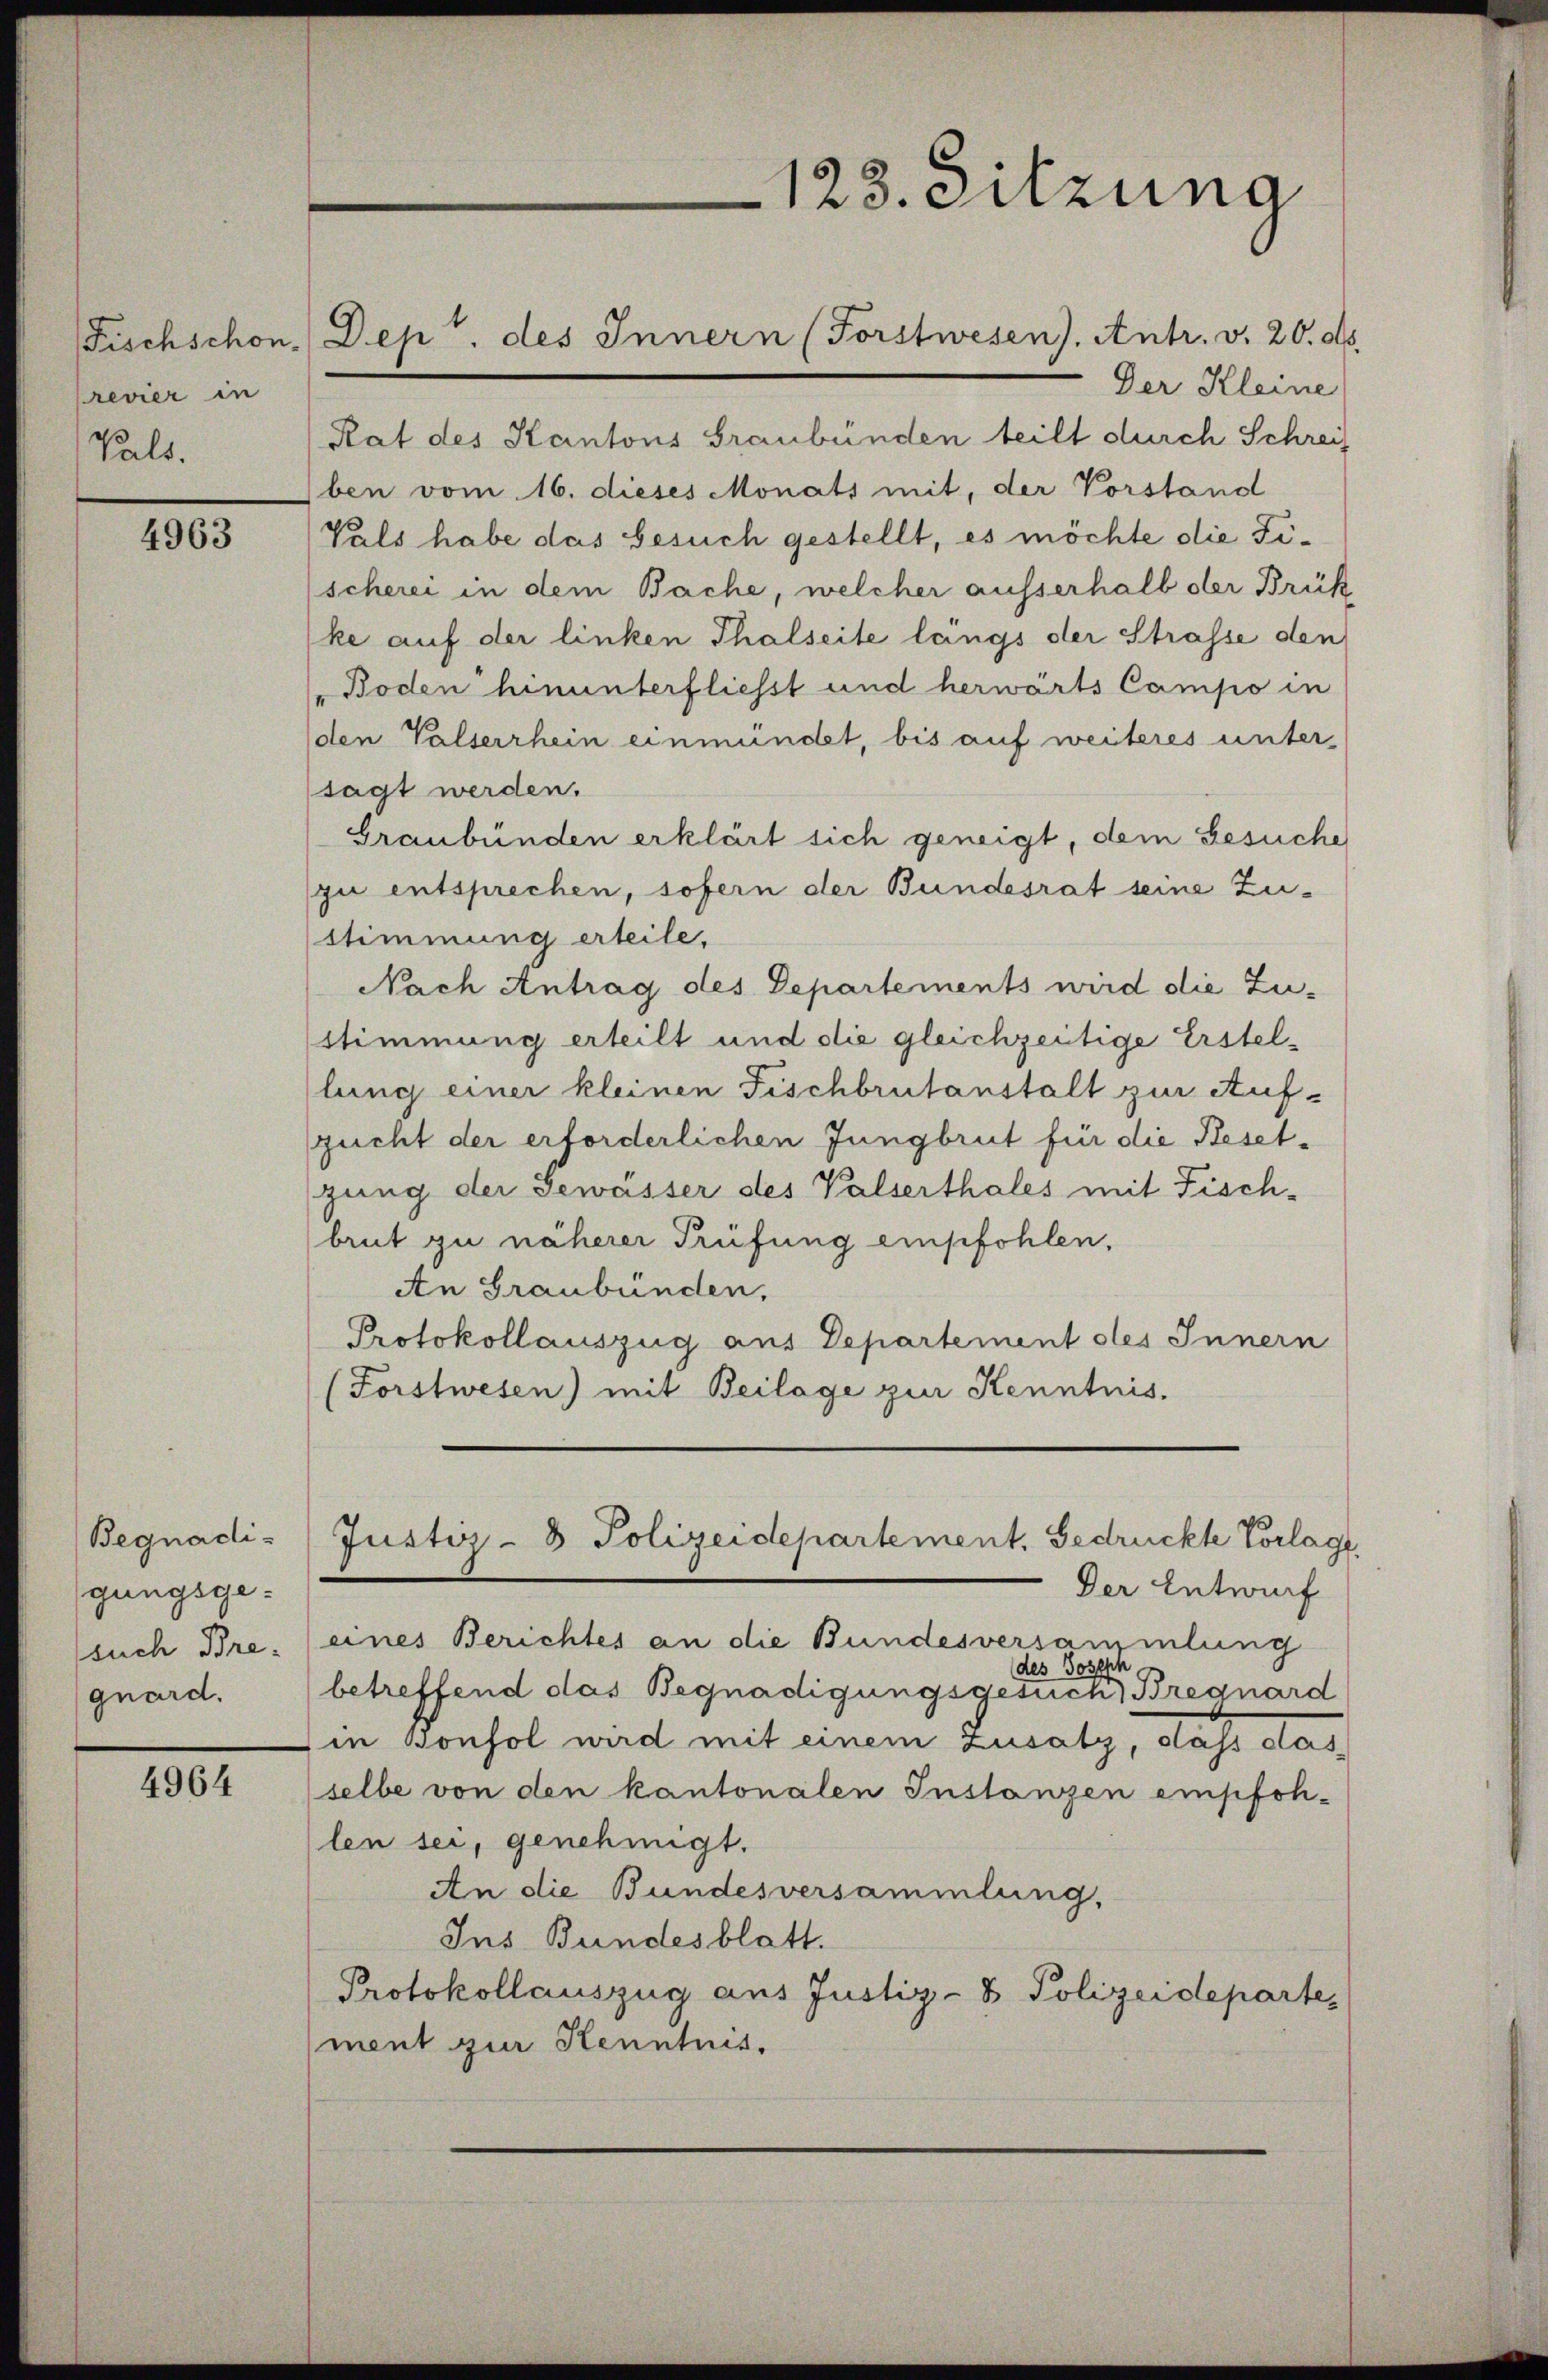
revier in
Vals.

4963

Begnadigungsgesuch Bregnard.

4964

Der Kleine
Rat des Kantons Graubünden teilt durch Schreif
ben vom 16. dieses Monats mit, der Vorstand
Vals habe das besuch gestellt, es möchte die Fischerei in dem Bache, welcher ausserhalb der Brükke auf der linken Thalseite längs der Strasse den
Boden hinunterfliesst und herwärts Campo in
(den Valserrhein einmündet, bis auf weiteres unter-
sagt werden.
Graubünden erklärt sich geneigt, dem Gesuche
zu entsprechen, sofern der Bundesrat seine Zustimmung erteile,
Nach Antrag des Departements wird die Zustimmung erteilt und die gleichzeitige Erstellung einer kleinen Fischbrutanstalt zur Aufzucht der erforderlichen Jungbrut für die Besetgung der Gewässer des Valserthales mit Fisch-
brut zu näherer Prüfung empfohlen,
An Graubünden,
Protokollauszug aus Departement des Innern
(Forstwesen) mit Beilage zur Kenntnis.

Fischschon, Dep. des Innern (Forstwesen). Antr. v. 20. ds.

d
123. Sitzung

Der Entwurf
eines Berichtes an die Bundesversammlung
h
des Jos
betreffend das Begnadigungsgesuch Bregnard
in Bonsol wird mit einem Zusatz, dass das
selbe von den kantonalen Instanzen empfohlen sei, genehmigt.
An die Bundesversammlung,
Ins Bundesblatt.
Protokollauszug aus Justiz- & Polizeidepartement zur Kenntnis.

Justiz- & Polizeidepartement, Gedrückte Vorlage,